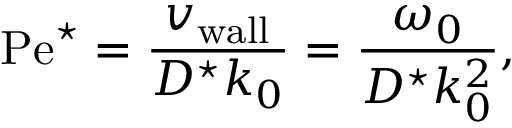
\mathrm { P e } ^ { \star } = \frac { { v _ { \mathrm { w a l l } } } } { D ^ { \star } k _ { 0 } } = \frac { \omega _ { 0 } } { D ^ { \star } k _ { 0 } ^ { 2 } } ,